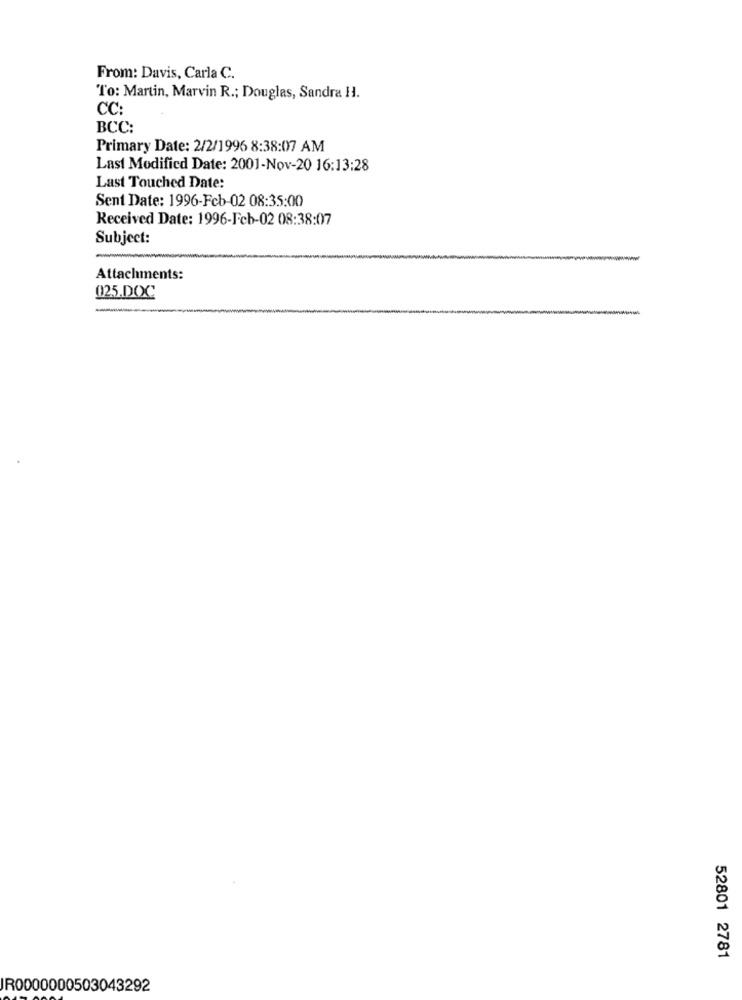
From: Davis, Carla C.
To: Martin, Marvin R .; Douglas, Sandra H.
CC:
BCC:
Primary Date: 2/2/1996 8:38:07 AM
Last Modified Date: 2001-Nov-20 16:13:28
Last Touched Date:
Sent Date: 1996-Feb-02 08:35:00
Received Date: 1996-Fcb-02 08:38:07
Subject:
-
Attachments:
025.DOC
52801 2781
IR0000000503043292